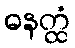
ဓနတ္ထံ